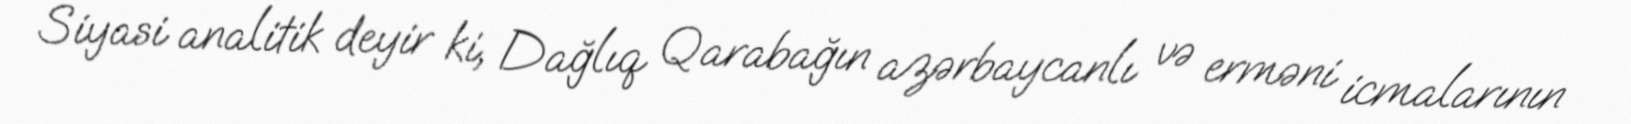
Siyasi analitik deyir ki, Dağlıq Qarabağın azərbaycanlı və erməni icmalarının